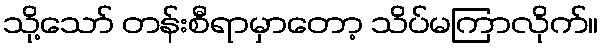
သို့သော် တန်းစီရာမှာတော့ သိပ်မကြာလိုက်။